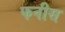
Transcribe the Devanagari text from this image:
फनीस